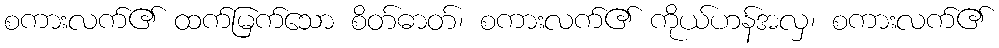
စကားလက်၏ ထက်မြက်သော စိတ်ဓာတ်၊ စကားလက်၏ ကိုယ်ဟန်အလှ၊ စကားလက်၏